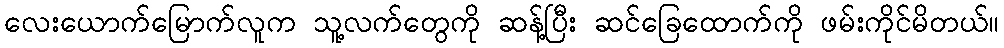
လေးယောက်မြောက်လူက သူ့လက်တွေကို ဆန့်ပြီး ဆင်ခြေထောက်ကို ဖမ်းကိုင်မိတယ်။